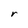
Character: r